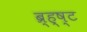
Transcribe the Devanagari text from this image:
ब्र्ह्ष्ट